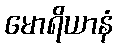
မောရိယာနံ